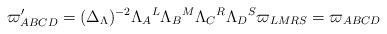
\begin{align*}\varpi _{ABCD}^{\prime }=(\Delta _{{\small \Lambda }})^{-2}\Lambda_{A}{}^{L}\Lambda _{B}{}^{M}\Lambda _{C}{}^{R}\Lambda _{D}{}^{S}\varpi_{LMRS}=\varpi _{ABCD} \end{align*}